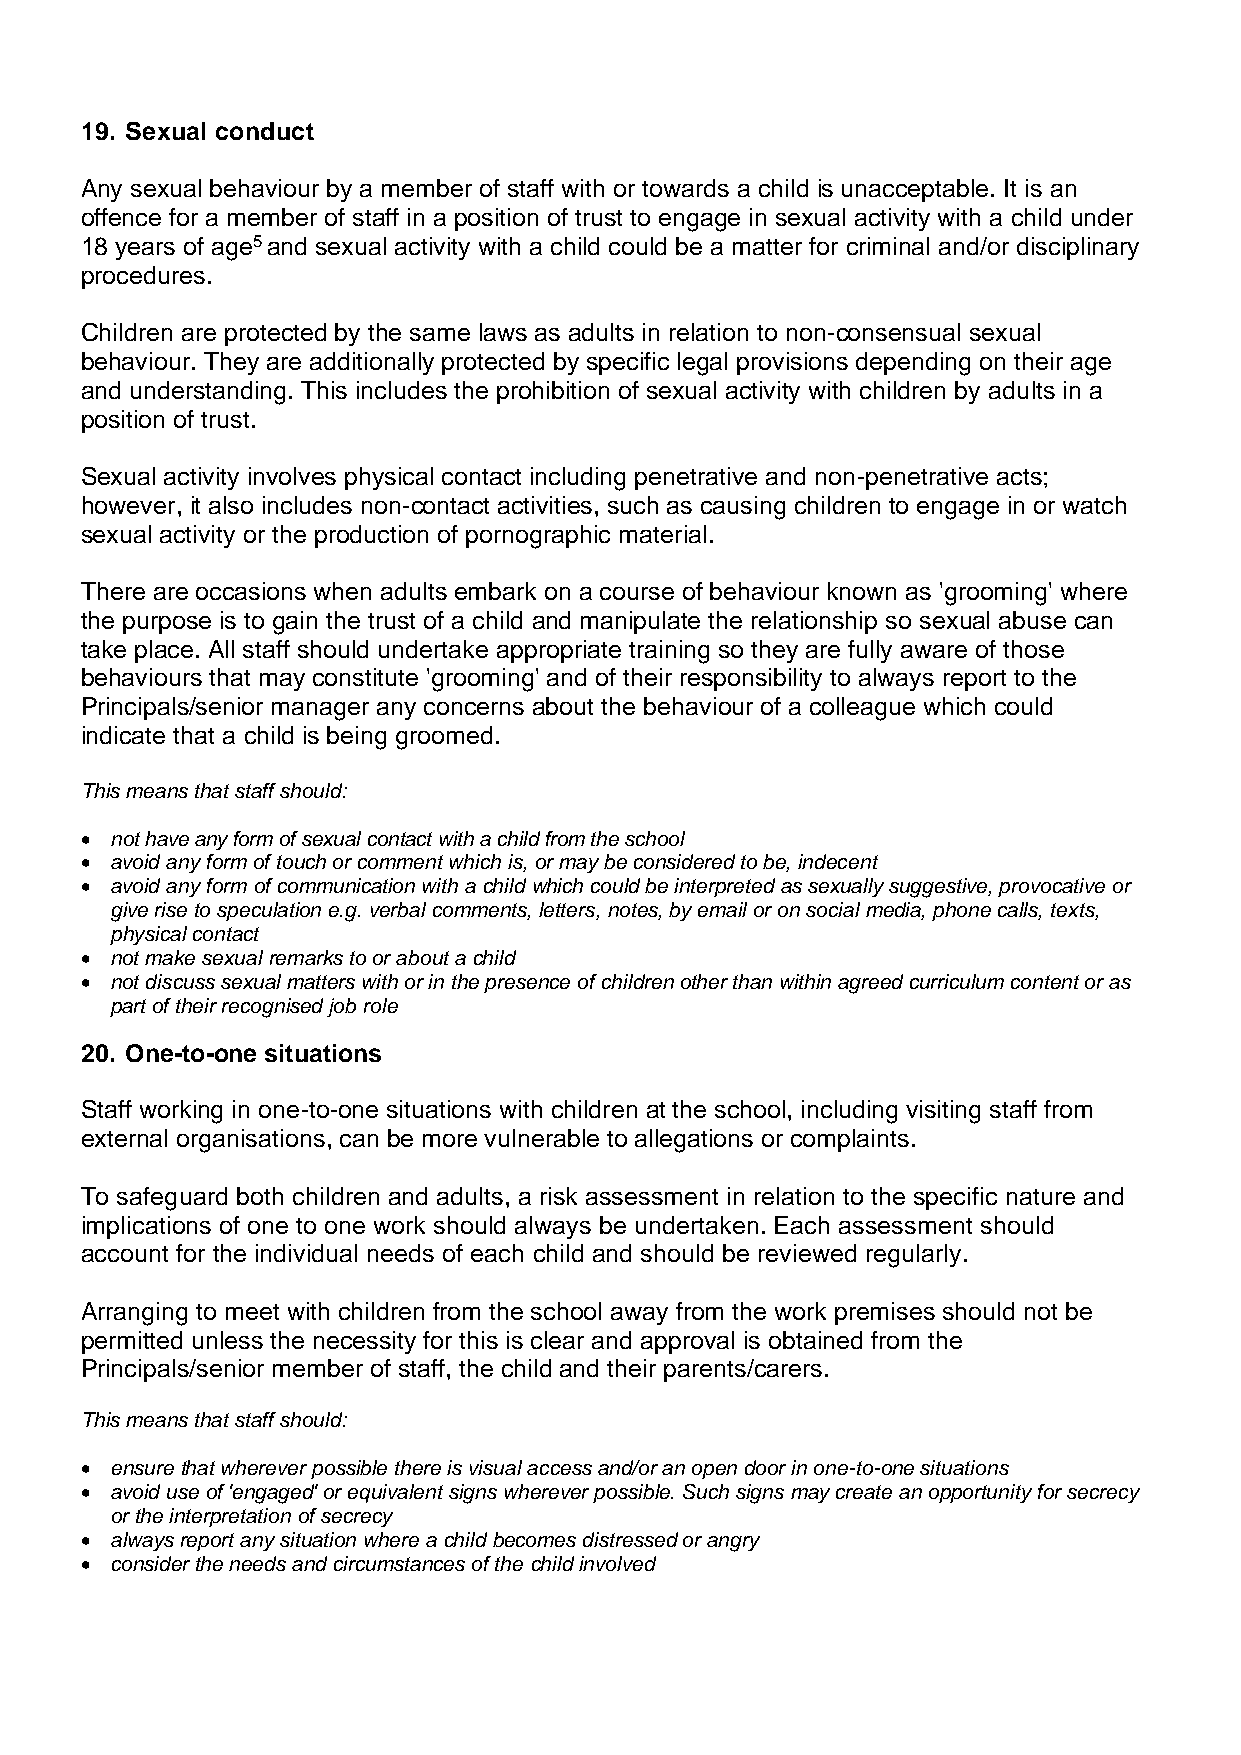
19. Sexual conduct
 Any sexual behaviour by a member of staff with or towards a child is unacceptable. It is an
 offence for a member of staff in a position of trust to engage in sexual activity with a child under
 18 years of age5 and sexual activity with a child could be a matter for criminal and/or disciplinary
 procedures.
 Children are protected by the same laws as adults in relation to non-consensual sexual
 behaviour. They are additionally protected by specific legal provisions depending on their age
 and understanding. This includes the prohibition of sexual activity with children by adults in a
 position of trust.
 Sexual activity involves physical contact including penetrative and non-penetrative acts;
 however, it also includes non-contact activities, such as causing children to engage in or watch
 sexual activity or the production of pornographic material.
 There are occasions when adults embark on a course of behaviour known as 'grooming' where
 the purpose is to gain the trust of a child and manipulate the relationship so sexual abuse can
 take place. All staff should undertake appropriate training so they are fully aware of those
 behaviours that may constitute 'grooming' and of their responsibility to always report to the
 Principals/senior manager any concerns about the behaviour of a colleague which could
 indicate that a child is being groomed.
 This means that staff should:
 • not have any form of sexual contact with a child from the school
 • avoid any form of touch or comment which is, or may be considered to be, indecent
 • avoid any form of communication with a child which could be interpreted as sexually suggestive, provocative or
 give rise to speculation e.g. verbal comments, letters, notes, by email or on social media, phone calls, texts,
 physical contact
 • not make sexual remarks to or about a child
 • not discuss sexual matters with or in the presence of children other than within agreed curriculum content or as
 part of their recognised job role
 20. One-to-one situations
 Staff working in one-to-one situations with children at the school, including visiting staff from
 external organisations, can be more vulnerable to allegations or complaints.
 To safeguard both children and adults, a risk assessment in relation to the specific nature and
 implications of one to one work should always be undertaken. Each assessment should
 account for the individual needs of each child and should be reviewed regularly.
 Arranging to meet with children from the school away from the work premises should not be
 permitted unless the necessity for this is clear and approval is obtained from the
 Principals/senior member of staff, the child and their parents/carers.
 This means that staff should:
 • ensure that wherever possible there is visual access and/or an open door in one-to-one situations
 • avoid use of 'engaged' or equivalent signs wherever possible. Such signs may create an opportunity for secrecy
 or the interpretation of secrecy
 • always report any situation where a child becomes distressed or angry
 • consider the needs and circumstances of the child involved